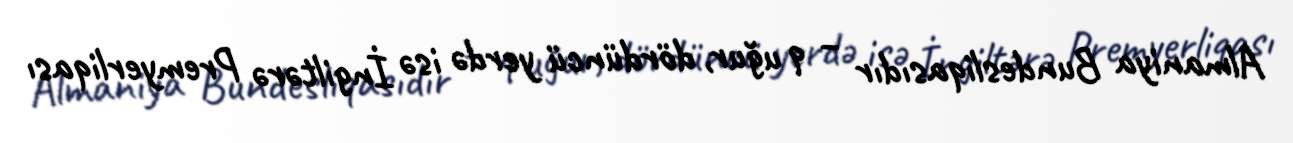
Almaniya Bundesliqasıdır – 9 uğur, dördüncü yerdə isə İngiltərə Premyerliqası